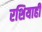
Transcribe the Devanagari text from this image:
रशियाही